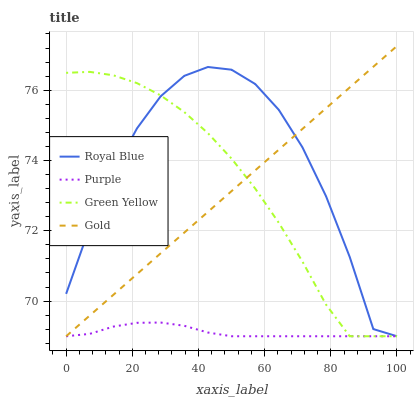
| xaxis_label | Royal Blue | Purple | Green Yellow | Gold |
 | --- | --- | --- | --- | --- |
 | 0 | 70.2 | 69 | 76.5 | 69 |
 | 7.14 | 72.1 | 69.1 | 76.5 | 69.6 |
 | 14.3 | 73.7 | 69.3 | 76.4 | 70.2 |
 | 21.4 | 74.9 | 69.4 | 76.2 | 70.8 |
 | 28.6 | 75.8 | 69.4 | 75.9 | 71.4 |
 | 35.7 | 76.4 | 69.3 | 75.4 | 71.9 |
 | 42.9 | 76.7 | 69.1 | 74.8 | 72.5 |
 | 50 | 76.6 | 69 | 74.1 | 73.1 |
 | 57.1 | 76.2 | 69 | 73.2 | 73.7 |
 | 64.3 | 75.4 | 69 | 72.2 | 74.3 |
 | 71.4 | 74.4 | 69 | 71.1 | 74.9 |
 | 78.6 | 73 | 69 | 69.9 | 75.5 |
 | 85.7 | 71.3 | 69 | 69 | 76.1 |
 | 92.9 | 69.2 | 69 | 69 | 76.7 |
 | 100 | 69 | 69 | 69 | 77.3 |